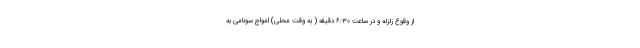
از وقوع زلزله و در ساعت ۶:۳۰ دقیقه ( به وقت محلی) امواج سونامی به